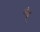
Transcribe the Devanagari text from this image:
मोढू